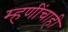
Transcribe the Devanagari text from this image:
म्हणींचाही